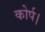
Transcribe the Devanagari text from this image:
कोर्प।